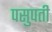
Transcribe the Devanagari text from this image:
पसुपती